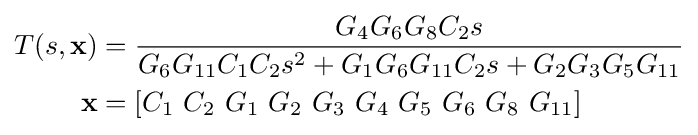
{\begin{aligned}T(s,\mathbf {x} )&={\frac {G_{4}G_{6}G_{8}C_{2}s}{G_{6}G_{11}C_{1}C_{2}s^{2}+G_{1}G_{6}G_{11}C_{2}s+G_{2}G_{3}G_{5}G_{11}}}\\\mathbf {x} &=[C_{1}~C_{2}~G_{1}~G_{2}~G_{3}~G_{4}~G_{5}~G_{6}~G_{8}~G_{11}]\end{aligned}}